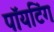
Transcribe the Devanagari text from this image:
पॉयटिंग